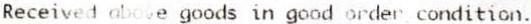
RECEIVED ABOVE GOODS IN GOOD ORDER CONDITION.